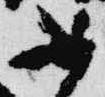
如